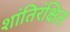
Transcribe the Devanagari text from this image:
शांतिरंक्षित